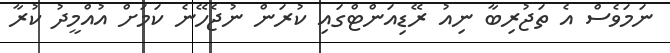
ނަމަވެސް އެ ތަޖުރިބާ ނިއު ރޭޑިއަންޓްގައި ކުރަން ނުޖެހޭނެ ކަމަށް އުއްމީދު ކުރާ